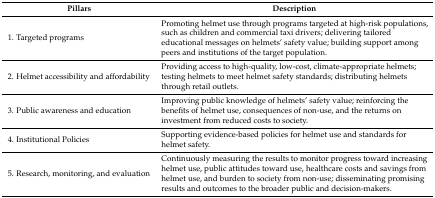
| Pillars | Description |
 | --- | --- |
 | 1. Targeted programs | Promoting helmet use through programs targeted at high-risk populations, such as children and commercial taxi drivers; delivering tailored educational messages on helmets’ safety value; building support among peers and institutions of the target population. |
 | 2. Helmet accessibility and affordability | Providing access to high-quality, low-cost, climate-appropriate helmets; testing helmets to meet helmet safety standards; distributing helmets through retail outlets. |
 | 3. Public awareness and education | Improving public knowledge of helmets’ safety value; reinforcing the benefits of helmet use, consequences of non-use, and the returns on investment from reduced costs to society. |
 | 4. Institutional Policies | Supporting evidence-based policies for helmet use and standards for helmet safety. |
 | 5. Research, monitoring, and evaluation | Continuously measuring the results to monitor progress toward increasing helmet use, public attitudes toward use, healthcare costs and savings from helmet use, and burden to society from non-use; disseminating promising results and outcomes to the broader public and decision-makers. |